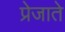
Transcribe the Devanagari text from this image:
प्रेजाते